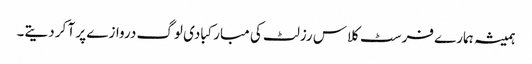
ہمیشہ ہمارے فرسٹ کلاس رزلٹ کی مبارکبادی لوگ دروازے پر آ کر دیتے۔